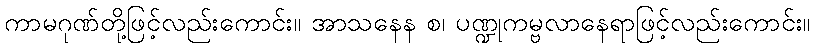
ကာမဂုဏ်တို့ဖြင့်လည်းကောင်း။ အာသနေန စ၊ ပဏ္ဍုကမ္ဗလာနေရာဖြင့်လည်းကောင်း။